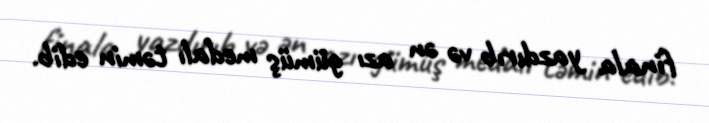
finala yazdırıb və ən azı gümüş medalı təmin edib.